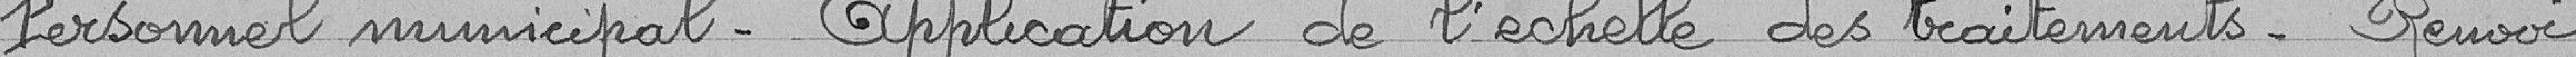
Personnel municipal. Application de l'échelle des traitements. Renvoi